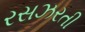
રસઝરતી